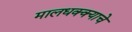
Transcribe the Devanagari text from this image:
मालधक्क्याचे